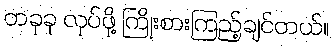
တခုခု လုပ်ဖို့ ကြိုးစားကြည့်ချင်တယ်။